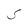
Character: S